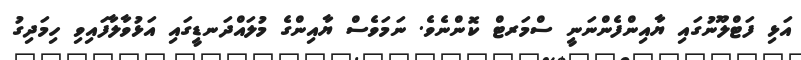
އަޅި ފަޓްލޫނުގައި ޔާއިންފެންނަނީ ސްމަރޓް ކޮންނެވެ. ނަމަވެސް ޔާއިންގެ މުލައްދަނޑީގައި އަޅުވާލާފައިވި ހިމަދިގު